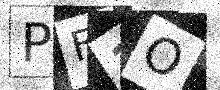
Text: PF1O